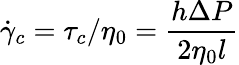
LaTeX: \dot{\gamma}_{c}=\tau_{c}/\eta_{0}=\frac{h\Delta P}{2\eta_{0}l}